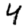
Digit: 4